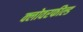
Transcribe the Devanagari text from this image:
क्लोवरफील्ड